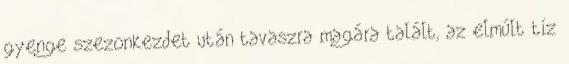
gyenge szezonkezdet után tavaszra magára talált, az elmúlt tíz